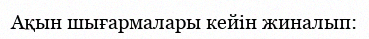
Ақын шығармалары кейін жиналып: